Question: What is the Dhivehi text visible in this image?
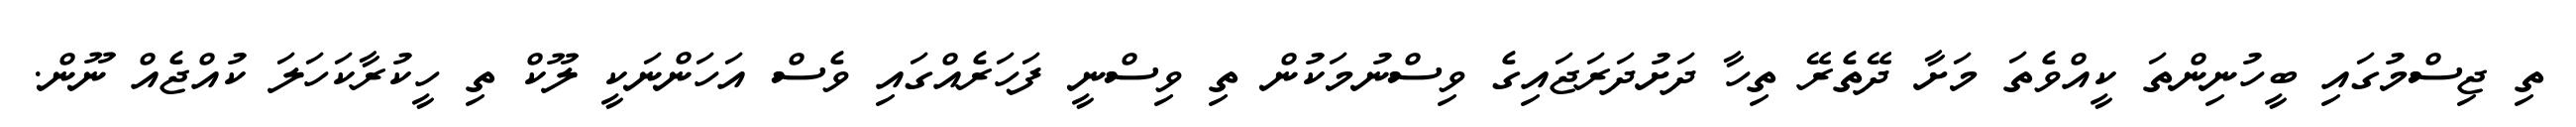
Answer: ތި ޖިސްމުގައި ބީހުނިންތަ ކީއްވެތަ މަށާ ދޭތެރޭ ތިހާ ދަށުދަރަޖައިގެ ވިސްނުމަކުން ތި ވިސްނީ ފަހަރެއްގައި ވެސް އަހަންނަކީ ލޫކް ތި ހީކުރާކަހަލަ ކުއްޖެއް ނޫން.